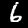
Label: 6